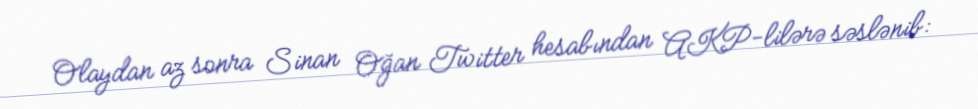
Olaydan az sonra Sinan Oğan Twitter hesabından AKP-lilərə səslənib: